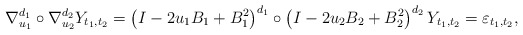
\begin{align*}\nabla^{d_{1}}_{u_{1}}\circ \nabla^{d_{2}}_{u_{2}}Y_{t_{1},t_{2}}=\left(I-2u_{1}B_{1}+B_{1}^{2}\right)^{d_{1}} \circ\left(I-2u_{2}B_{2}+B_{2}^{2}\right)^{d_{2}}Y_{t_{1},t_{2}}=\varepsilon_{t_{1},t_{2}}, \end{align*}